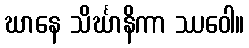
ဃာနေ သိင်္ဃာနိကာ ဿဝေါ။